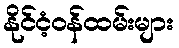
နိုင်ငံ့ဝန်ထမ်းများ